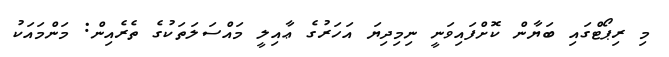
މި ރިޕޯޓްގައި ބަޔާާން ކޮށްފައިވަނީ ނިމިދިޔަ އަހަރުގެ ޢާއިލީ މައްސަލަތަކުގެ ތެރެއިން: މަންމައަކު